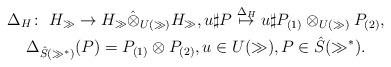
LaTeX: \begin{gather*}\Delta_H \colon \ H_\gg\to H_\gg\hat\otimes_{U(\gg)}H_\gg,u\sharp P\stackrel{\Delta_H}\mapsto u \sharp P_{(1)}\otimes_{U(\gg)} P_{(2)},\\\Delta_{\hat{S}(\gg^*)}(P) = P_{(1)}\otimes P_{(2)},u\in U(\gg), P\in\hat{S}(\gg^*).\end{gather*}